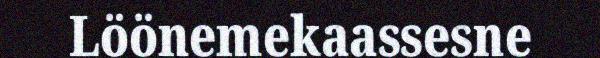
Löönemekaassesne